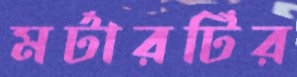
মর্টারটির